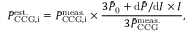
P _ { \mathrm { C C G , i } } ^ { \mathrm { e s t . } } = P _ { \mathrm { C C G , i } } ^ { \mathrm { m e a s . } } \times \frac { 3 \bar { P } _ { \mathrm { 0 } } + \mathrm { d } \bar { P } / \mathrm { d } I \times I } { 3 \bar { P } _ { \mathrm { C C G } } ^ { \mathrm { m e a s . } } } ,